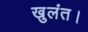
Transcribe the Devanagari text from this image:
खुलंत।